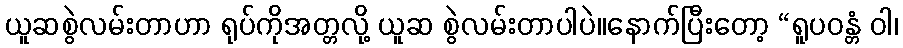
ယူဆစွဲလမ်းတာဟာ ရုပ်ကိုအတ္တလို့ ယူဆ စွဲလမ်းတာပါပဲ။နောက်ပြီးတော့ “ရူပဝန္တံ ဝါ၊